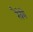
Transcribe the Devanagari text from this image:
रैवेये